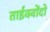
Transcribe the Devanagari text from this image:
ताईक्वोंदो